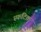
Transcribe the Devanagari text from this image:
स्फटिक़